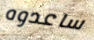
ساعدوه